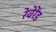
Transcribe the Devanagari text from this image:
रेवेरेंड